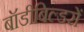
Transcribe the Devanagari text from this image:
बॉडीबिल्डरों